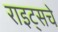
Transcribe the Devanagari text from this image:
राइट्सचे